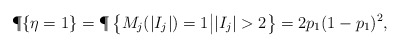
\begin{align*}\P \{\eta =1 \} = \P \left\{M_{j}(|I_j|) =1 \big| |I_j|>2\right\}=2p_1(1-p_1)^2,\end{align*}